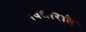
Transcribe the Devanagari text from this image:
विद्यारति